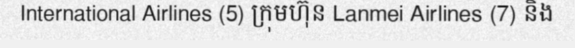
International Airlines (5) ក្រុមហ៊ុន Lanmei Airlines (7) និង